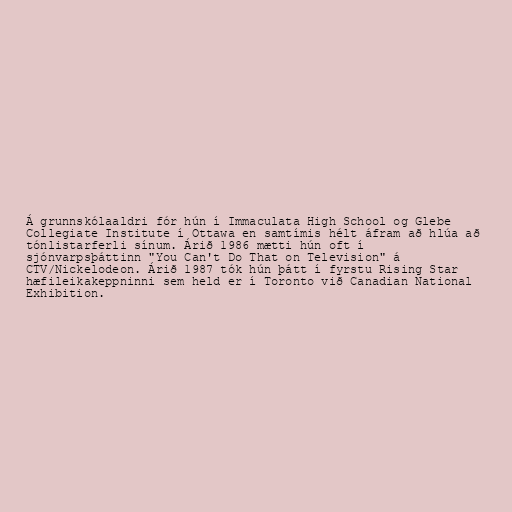
Á grunnskólaaldri fór hún í Immaculata High School og Glebe
Collegiate Institute í Ottawa en samtímis hélt áfram að hlúa að
tónlistarferli sínum. Árið 1986 mætti hún oft í
sjónvarpsþáttinn "You Can't Do That on Television" á
CTV/Nickelodeon. Árið 1987 tók hún þátt í fyrstu Rising Star
hæfileikakeppninni sem held er í Toronto við Canadian National
Exhibition.